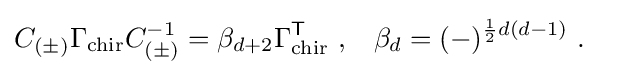
{\begin{aligned}C_{(\pm )}\Gamma _{\text{chir}}C_{(\pm )}^{-1}&=\beta _{d+2}\Gamma _{\text{chir}}^{\textsf {T}}~,&\beta _{d}&=(-)^{{\frac {1}{2}}d(d-1)}~.\end{aligned}}